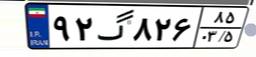
۹۲گ۸۲۶۸۵